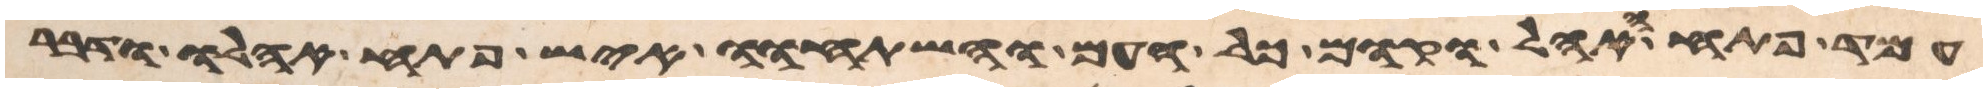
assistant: עמד פתח האהל וקמו כל העם והשתחוו איש פתח אהלו ודבר